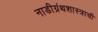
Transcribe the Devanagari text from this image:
नाडीग्रंथशास्त्राची